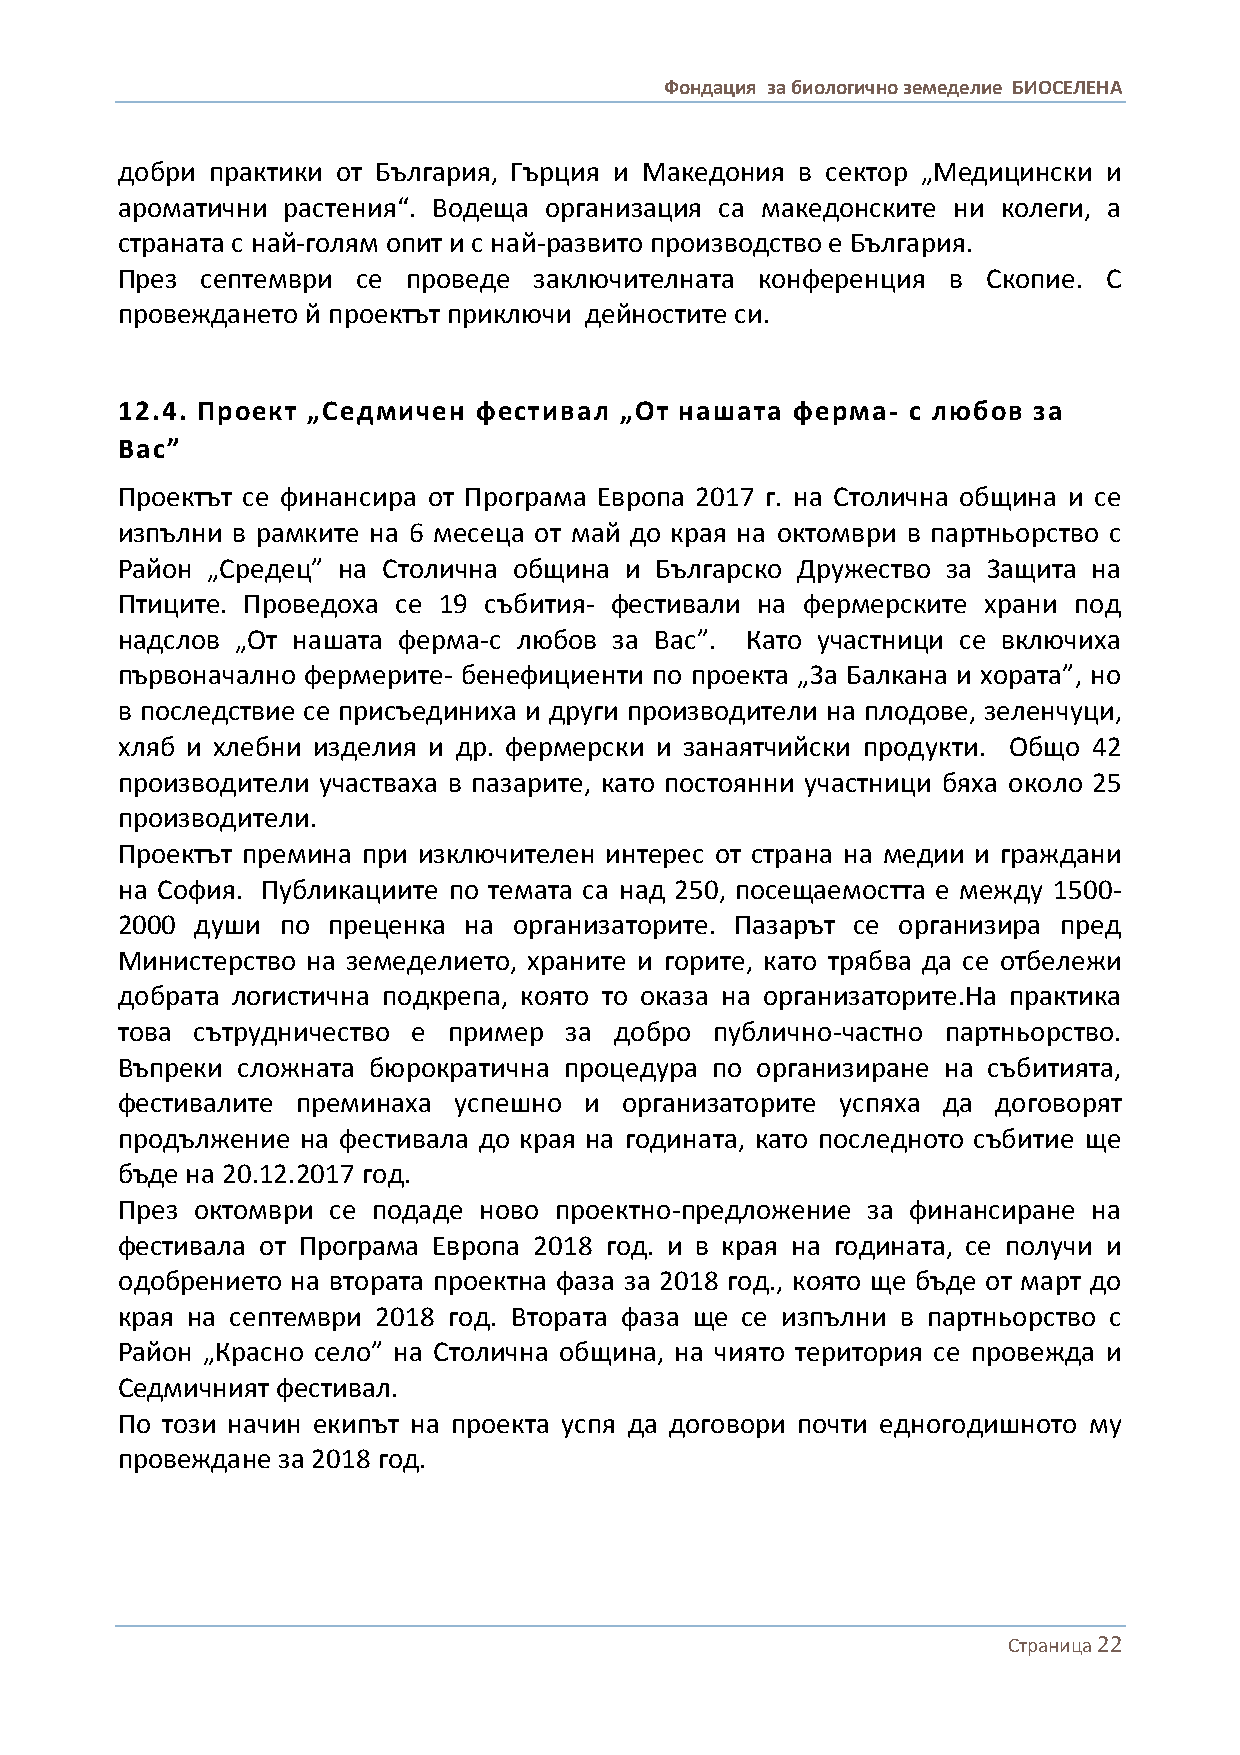
Фондация за биологично земеделие БИОСЕЛЕНА
 добри практики от България, Гърция и Македония в сектор „Медицински и
 ароматични растения“. Водеща организация са македонските ни колеги, а
 страната с най-голям опит и с най-развито производство е България.
 През септември  се проведе заключителната конференция  в Скопие. С
 провеждането й проектът приключи дейностите си.
 12.4. Проект „Седмичен  фестивал „От нашата  ферма- с любов за
 Вас”
 Проектът се финансира от Програма Европа 2017 г. на Столична община и се
 изпълни в рамките на 6 месеца от май до края на октомври в партньорство с
 Район „Средец” на Столична община и Българско Дружество за Защита на
 Птиците. Проведоха се 19 събития- фестивали на фермерските храни под
 надслов „От нашата ферма-с любов за Вас”. Като участници се включиха
 първоначално фермерите- бенефициенти по проекта „За Балкана и хората”, но
 в последствие се присъединиха и други производители на плодове, зеленчуци,
 хляб и хлебни изделия и др. фермерски и занаятчийски продукти. Общо 42
 производители участваха в пазарите, като постоянни участници бяха около 25
 производители.
 Проектът премина при изключителен интерес от страна на медии и граждани
 на София. Публикациите по темата са над 250, посещаемостта е между 1500-
 2000 души  по преценка на организаторите. Пазарът се организира пред
 Министерство на земеделието, храните и горите, като трябва да се отбележи
 добрата логистична подкрепа, която то оказа на организаторите.На практика
 това сътрудничество е пример за  добро публично-частно партньорство.
 Въпреки сложната бюрократична процедура по организиране на събитията,
 фестивалите преминаха успешно  и организаторите успяха да договорят
 продължение на фестивала до края на годината, като последното събитие ще
 бъде на 20.12.2017 год.
 През октомври се подаде ново проектно-предложение за финансиране на
 фестивала от Програма Европа 2018 год. и в края на годината, се получи и
 одобрението на втората проектна фаза за 2018 год., която ще бъде от март до
 края на септември 2018 год. Втората фаза ще се изпълни в партньорство с
 Район „Красно село” на Столична община, на чиято територия се провежда и
 Седмичният фестивал.
 По този начин екипът на проекта успя да договори почти едногодишното му
 провеждане за 2018 год.
 Страница 22